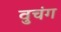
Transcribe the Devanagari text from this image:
वुचंग